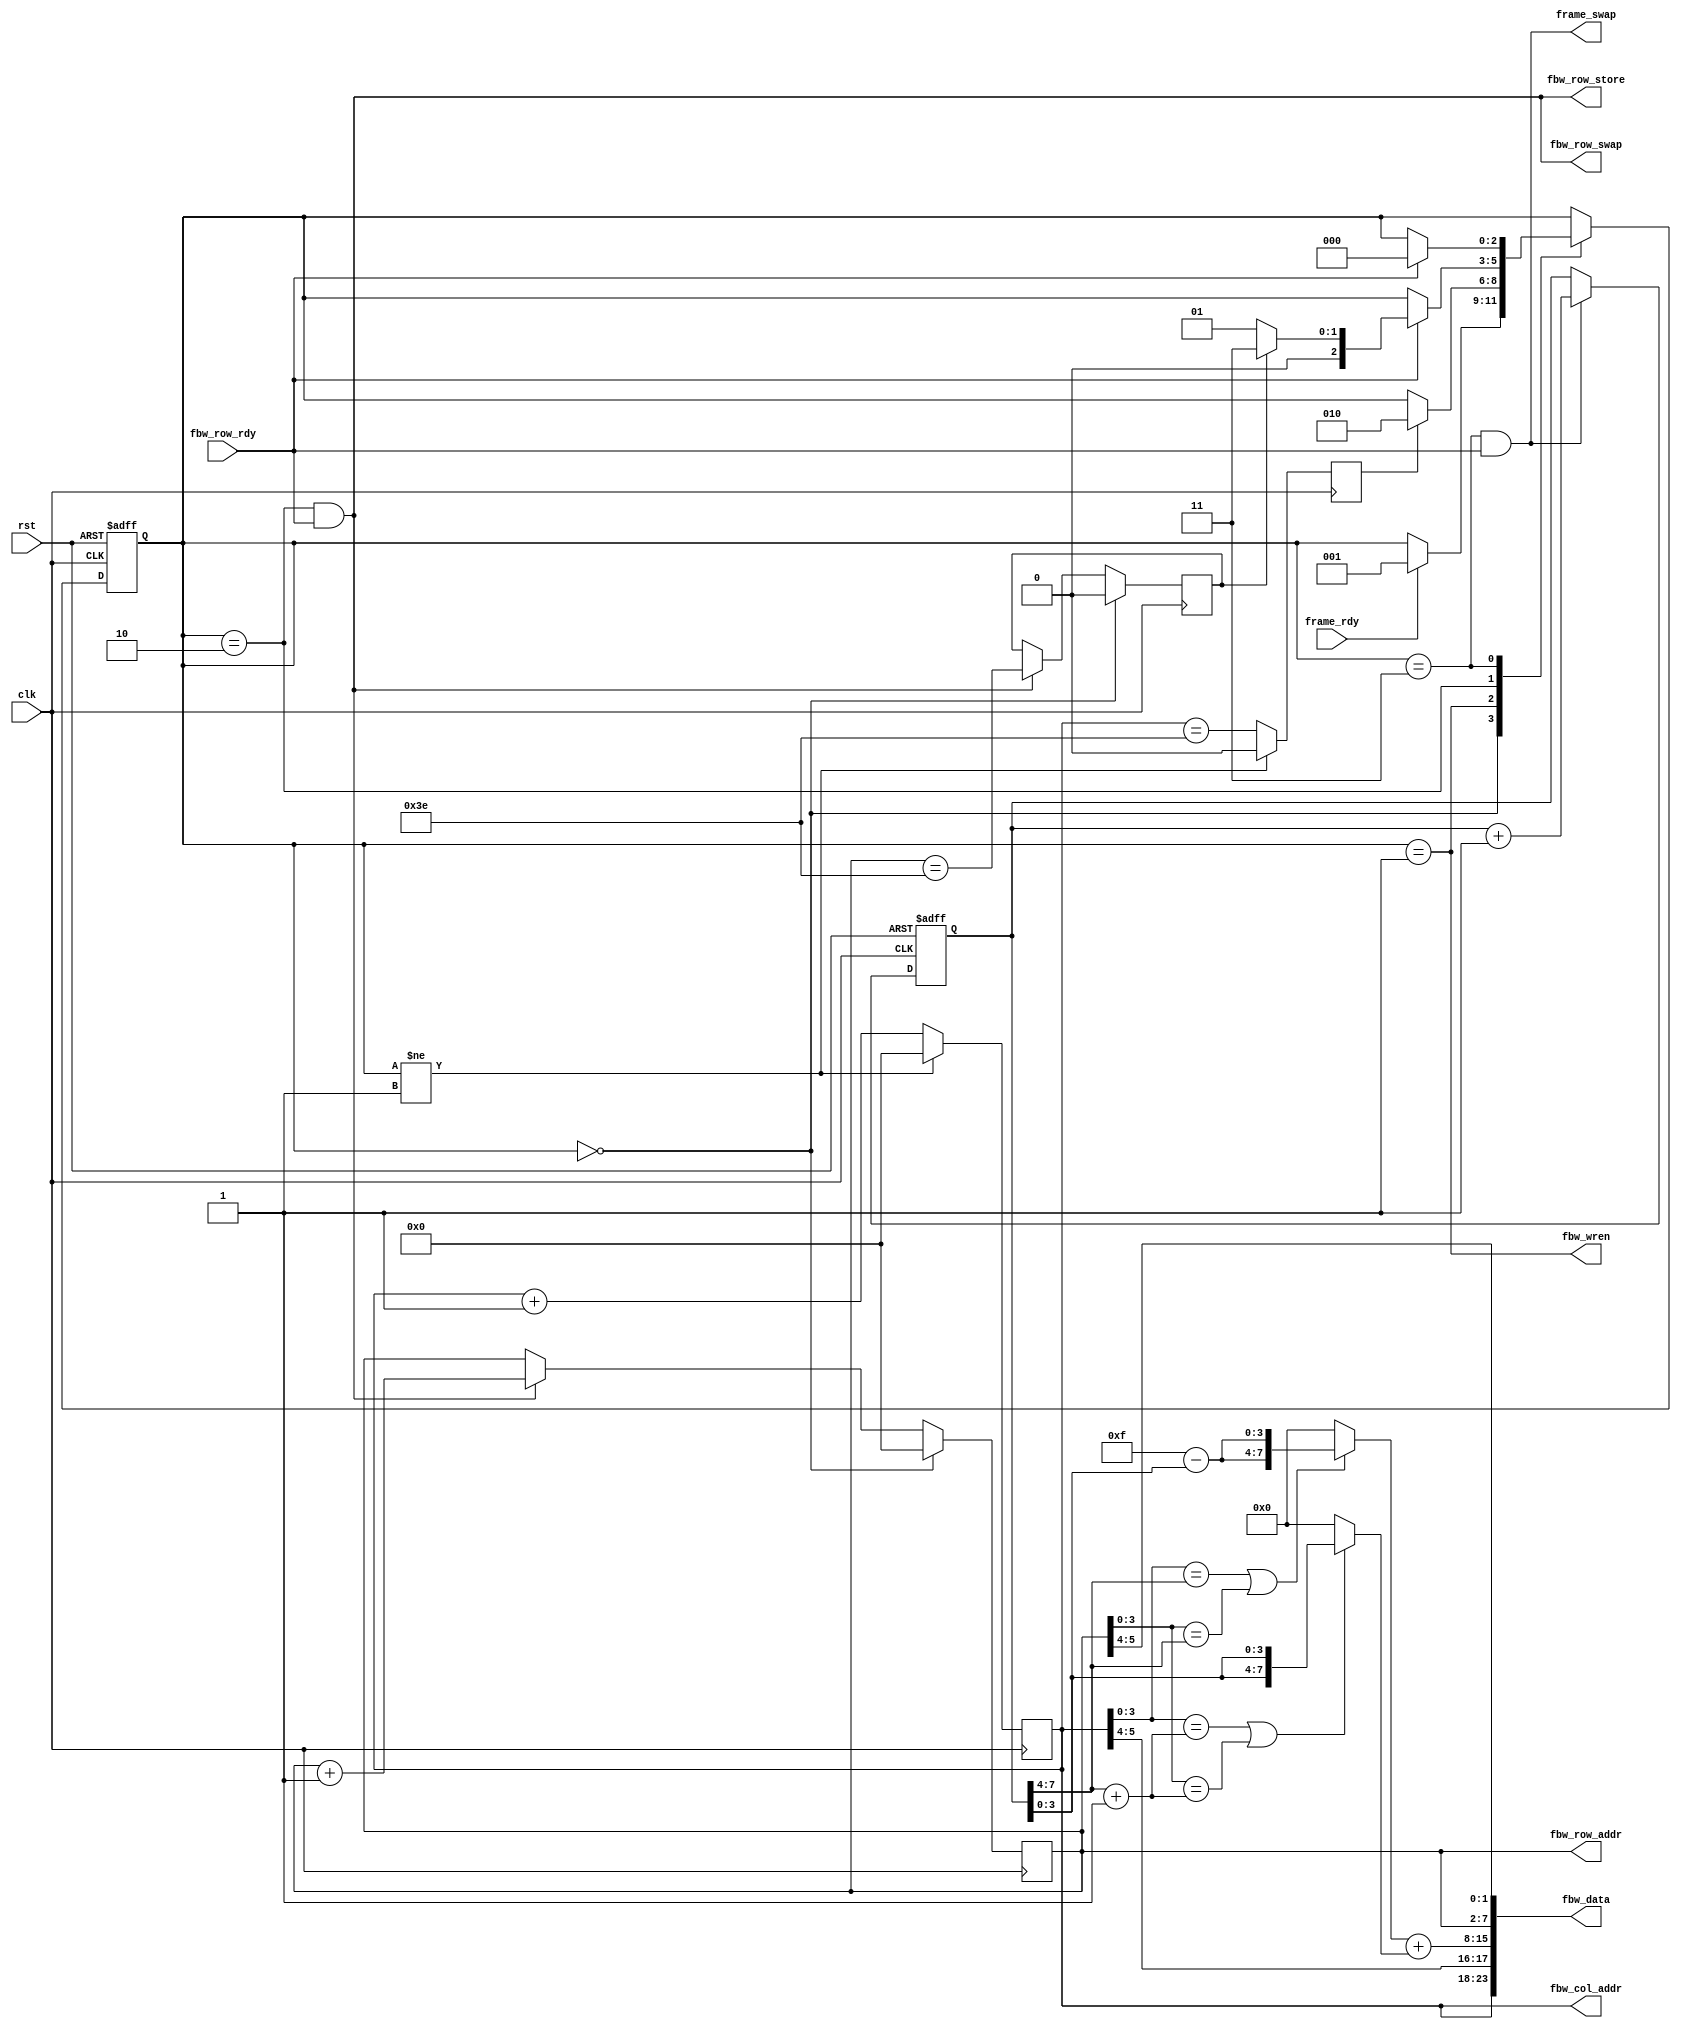
/*
 * pgen.v
 *
 * vim: ts=4 sw=4
 *
 * Copyright (C) 2019  Sylvain Munaut <tnt@246tNt.com>
 * All rights reserved.
 *
 * BSD 3-clause, see LICENSE.bsd
 *
 * Redistribution and use in source and binary forms, with or without
 * modification, are permitted provided that the following conditions are met:
 *     * Redistributions of source code must retain the above copyright
 *       notice, this list of conditions and the following disclaimer.
 *     * Redistributions in binary form must reproduce the above copyright
 *       notice, this list of conditions and the following disclaimer in the
 *       documentation and/or other materials provided with the distribution.
 *     * Neither the name of the <organization> nor the
 *       names of its contributors may be used to endorse or promote products
 *       derived from this software without specific prior written permission.
 *
 * THIS SOFTWARE IS PROVIDED BY THE COPYRIGHT HOLDERS AND CONTRIBUTORS "AS IS" AND
 * ANY EXPRESS OR IMPLIED WARRANTIES, INCLUDING, BUT NOT LIMITED TO, THE IMPLIED
 * WARRANTIES OF MERCHANTABILITY AND FITNESS FOR A PARTICULAR PURPOSE ARE
 * DISCLAIMED. IN NO EVENT SHALL <COPYRIGHT HOLDER> BE LIABLE FOR ANY
 * DIRECT, INDIRECT, INCIDENTAL, SPECIAL, EXEMPLARY, OR CONSEQUENTIAL DAMAGES
 * (INCLUDING, BUT NOT LIMITED TO, PROCUREMENT OF SUBSTITUTE GOODS OR SERVICES;
 * LOSS OF USE, DATA, OR PROFITS; OR BUSINESS INTERRUPTION) HOWEVER CAUSED AND
 * ON ANY THEORY OF LIABILITY, WHETHER IN CONTRACT, STRICT LIABILITY, OR TORT
 * (INCLUDING NEGLIGENCE OR OTHERWISE) ARISING IN ANY WAY OUT OF THE USE OF THIS
 * SOFTWARE, EVEN IF ADVISED OF THE POSSIBILITY OF SUCH DAMAGE.
 */

`default_nettype none

module pgen #(
	parameter integer N_ROWS   = 64,	// # of rows (must be power of 2!!!)
	parameter integer N_COLS   = 64,	// # of columns
	parameter integer BITDEPTH = 24,

	// Auto-set
	parameter integer LOG_N_ROWS  = $clog2(N_ROWS),
	parameter integer LOG_N_COLS  = $clog2(N_COLS)
)(
	// Frame Buffer write interface
	output wire [LOG_N_ROWS-1:0] fbw_row_addr,
	output wire fbw_row_store,
	input  wire fbw_row_rdy,
	output wire fbw_row_swap,

	output wire [BITDEPTH-1:0] fbw_data,
	output wire [LOG_N_COLS-1:0] fbw_col_addr,
	output wire fbw_wren,

	output wire frame_swap,
	input  wire frame_rdy,

	// Clock / Reset
	input  wire clk,
	input  wire rst
);

	// Signals
	// -------

	// FSM
	localparam
		ST_WAIT_FRAME	= 0,
		ST_GEN_ROW		= 1,
		ST_WRITE_ROW	= 2,
		ST_WAIT_ROW		= 3;

	reg  [2:0] fsm_state;
	reg  [2:0] fsm_state_next;

	// Counters
	reg [11:0] frame;
	reg [LOG_N_ROWS-1:0] cnt_row;
	reg [LOG_N_COLS-1:0] cnt_col;
	reg cnt_row_last;
	reg cnt_col_last;

	// Output
	wire [7:0] color [0:2];


	// FSM
	// ---

	// State register
	always @(posedge clk or posedge rst)
		if (rst)
			fsm_state <= ST_WAIT_FRAME;
		else
			fsm_state <= fsm_state_next;

	// Next-State logic
	always @(*)
	begin
		// Default is not to move
		fsm_state_next = fsm_state;

		// Transitions ?
		case (fsm_state)
			ST_WAIT_FRAME:
				if (frame_rdy)
					fsm_state_next = ST_GEN_ROW;

			ST_GEN_ROW:
				if (cnt_col_last)
					fsm_state_next = ST_WRITE_ROW;

			ST_WRITE_ROW:
				if (fbw_row_rdy)
					fsm_state_next = cnt_row_last ? ST_WAIT_ROW : ST_GEN_ROW;

			ST_WAIT_ROW:
				if (fbw_row_rdy)
					fsm_state_next = ST_WAIT_FRAME;
		endcase
	end


	// Counters
	// --------

	// Frame counter
	always @(posedge clk or posedge rst)
		if (rst)
			frame <= 0;
		else if ((fsm_state == ST_WAIT_ROW) && fbw_row_rdy)
			frame <= frame + 1;

	// Row counter
	always @(posedge clk)
		if (fsm_state == ST_WAIT_FRAME) begin
			cnt_row <= 0;
			cnt_row_last <= 1'b0;
		end else if ((fsm_state == ST_WRITE_ROW) && fbw_row_rdy) begin
			cnt_row <= cnt_row + 1;
			cnt_row_last <= cnt_row == ((1 << LOG_N_ROWS) - 2);
		end

	// Column counter
	always @(posedge clk)
		if (fsm_state != ST_GEN_ROW) begin
			cnt_col <= 0;
			cnt_col_last <= 0;
		end else begin
			cnt_col <= cnt_col + 1;
			cnt_col_last <= cnt_col == (N_COLS - 2);
		end


	// Front-Buffer write
	// ------------------

	// Generate R/B channels by taking 8 bits off the row/col counters
	// (and wrapping to the MSBs if those are shorter than 8 bits
	genvar i;
	generate
		for (i=0; i<8; i=i+1)
		begin
			assign color[0][7-i] = cnt_row[LOG_N_ROWS-1-(i%LOG_N_ROWS)];
			assign color[2][7-i] = cnt_col[LOG_N_COLS-1-(i%LOG_N_COLS)];
		end
	endgenerate

	// Moving green lines
	wire [3:0] c0 = frame[7:4];
	wire [3:0] c1 = frame[7:4] + 1;

	wire [3:0] a0 = 4'hf - frame[3:0];
	wire [3:0] a1 = frame[3:0];

	assign color[1] =
		(((cnt_col[3:0] == c0) || (cnt_row[3:0] == c0)) ? {a0, a0} : 8'h00) +
		(((cnt_col[3:0] == c1) || (cnt_row[3:0] == c1)) ? {a1, a1} : 8'h00);

	// Write enable and address
	assign fbw_wren = fsm_state == ST_GEN_ROW;
	assign fbw_col_addr = cnt_col;

	// Map to color
	generate
		if (BITDEPTH == 8)
			assign fbw_data = { color[2][7:5], color[1][7:5], color[0][7:6] };
		else if (BITDEPTH == 16)
			assign fbw_data = { color[2][7:3], color[1][7:2], color[0][7:3] };
		else if (BITDEPTH == 24)
			assign fbw_data = { color[2], color[1], color[0] };
	endgenerate


	// Back-Buffer store
	// -----------------

	assign fbw_row_addr  = cnt_row;
	assign fbw_row_store = (fsm_state == ST_WRITE_ROW) && fbw_row_rdy;
	assign fbw_row_swap  = (fsm_state == ST_WRITE_ROW) && fbw_row_rdy;


	// Next frame
	// ----------

	assign frame_swap = (fsm_state == ST_WAIT_ROW) && fbw_row_rdy;

endmodule // pgen